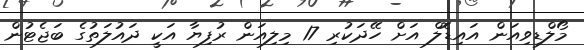
މޯލްޑިވިއަން އައިޑޮލް އަށް ހޭދަކުރި 17 މިލިއަން ރުފިޔާ އަކީ ދައުލަތުގެ ބަޖެޓުން